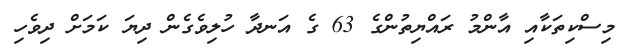
މިސްކިތަކާއި އާންމު ރައްޔިތުންގެ 63 ގެ އަނދާ ހުލިވެގެން ދިޔަ ކަމަށް ދިވެހި